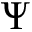
\Psi